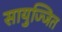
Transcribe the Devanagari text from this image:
सायुज्जित